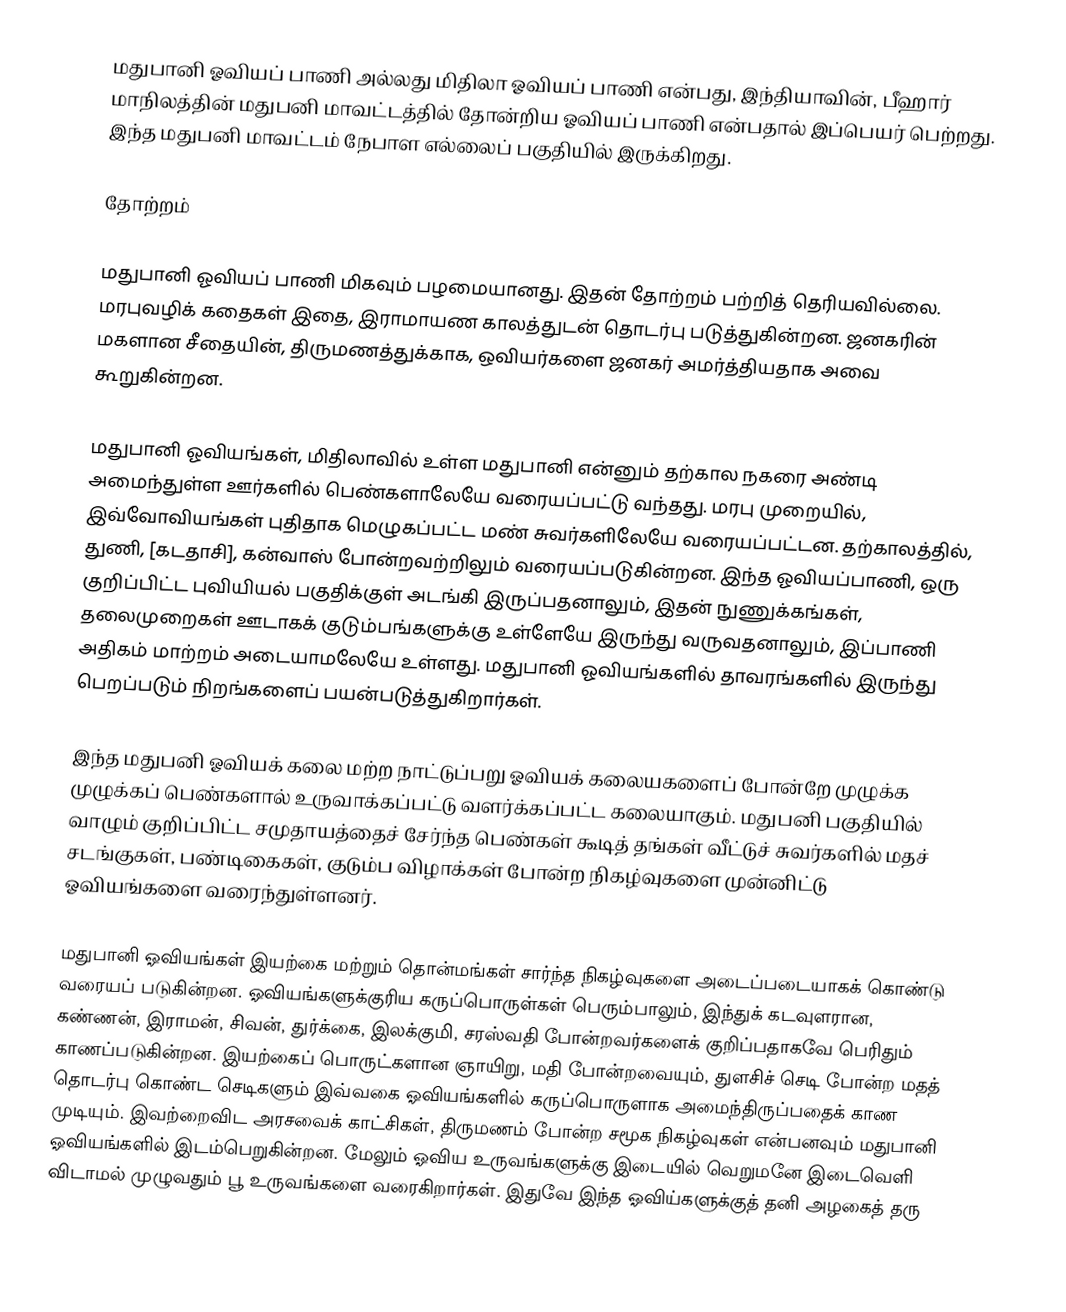
மதுபானி ஓவியப் பாணி  அல்லது மிதிலா ஓவியப் பாணி என்பது, இந்தியாவின், பீஹார் மாநிலத்தின் மதுபனி மாவட்டத்தில் தோன்றிய ஓவியப் பாணி என்பதால் இப்பெயர் பெற்றது. இந்த மதுபனி மாவட்டம் நேபாள எல்லைப் பகுதியில் இருக்கிறது.

தோற்றம்

மதுபானி ஓவியப் பாணி மிகவும் பழமையானது. இதன் தோற்றம் பற்றித் தெரியவில்லை. மரபுவழிக் கதைகள் இதை, இராமாயண காலத்துடன் தொடர்பு படுத்துகின்றன. ஜனகரின் மகளான சீதையின், திருமணத்துக்காக, ஒவியர்களை ஜனகர் அமர்த்தியதாக அவை கூறுகின்றன.

மதுபானி ஓவியங்கள், மிதிலாவில் உள்ள மதுபானி என்னும் தற்கால நகரை அண்டி அமைந்துள்ள ஊர்களில் பெண்களாலேயே வரையப்பட்டு வந்தது. மரபு முறையில், இவ்வோவியங்கள் புதிதாக மெழுகப்பட்ட மண் சுவர்களிலேயே வரையப்பட்டன. தற்காலத்தில், துணி, [கடதாசி], கன்வாஸ் போன்றவற்றிலும் வரையப்படுகின்றன. இந்த ஓவியப்பாணி, ஒரு குறிப்பிட்ட புவியியல் பகுதிக்குள் அடங்கி இருப்பதனாலும், இதன் நுணுக்கங்கள், தலைமுறைகள் ஊடாகக் குடும்பங்களுக்கு உள்ளேயே இருந்து வருவதனாலும், இப்பாணி அதிகம் மாற்றம் அடையாமலேயே உள்ளது. மதுபானி ஓவியங்களில் தாவரங்களில் இருந்து பெறப்படும் நிறங்களைப் பயன்படுத்துகிறார்கள்.

இந்த மதுபனி ஓவியக் கலை மற்ற நாட்டுப்பறு ஓவியக் கலையகளைப் போன்றே முழுக்க முழுக்கப் பெண்களால் உருவாக்கப்பட்டு வளர்க்கப்பட்ட கலையாகும். மதுபனி பகுதியில் வாழும் குறிப்பிட்ட சமுதாயத்தைச் சேர்ந்த பெண்கள் கூடித் தங்கள் வீட்டுச் சுவர்களில் மதச் சடங்குகள், பண்டிகைகள், குடும்ப விழாக்கள் போன்ற நிகழ்வுகளை முன்னிட்டு ஓவியங்களை வரைந்துள்ளனர்.

மதுபானி ஓவியங்கள் இயற்கை மற்றும் தொன்மங்கள் சார்ந்த நிகழ்வுகளை அடைப்படையாகக் கொண்டு வரையப் படுகின்றன. ஓவியங்களுக்குரிய கருப்பொருள்கள் பெரும்பாலும், இந்துக் கடவுளரான, கண்ணன், இராமன், சிவன், துர்க்கை, இலக்குமி, சரஸ்வதி போன்றவர்களைக் குறிப்பதாகவே பெரிதும் காணப்படுகின்றன. இயற்கைப் பொருட்களான ஞாயிறு, மதி போன்றவையும், துளசிச் செடி போன்ற மதத் தொடர்பு கொண்ட செடிகளும் இவ்வகை ஓவியங்களில் கருப்பொருளாக அமைந்திருப்பதைக் காண முடியும். இவற்றைவிட அரசவைக் காட்சிகள், திருமணம் போன்ற சமூக நிகழ்வுகள் என்பனவும் மதுபானி ஓவியங்களில் இடம்பெறுகின்றன. மேலும் ஓவிய உருவங்களுக்கு இடையில் வெறுமனே இடைவெளி விடாமல் முழுவதும் பூ உருவங்களை வரைகிறார்கள். இதுவே இந்த ஓவிய்களுக்குத் தனி அழகைத் தரு